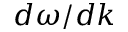
d \omega / d k